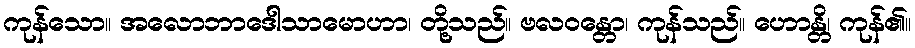
ကုန်သော။ အလောဘာဒေါသာမောဟာ၊ တို့သည်။ ဗလဝန္တော၊ ကုန်သည်။ ဟောန္တိ၊ ကုန်၏။